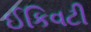
ઈકિવટી